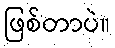
ဖြစ်တာပဲ။